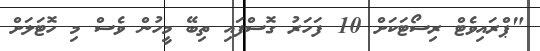
"ޕްރައިވެޓް ރިސޯޓަކަށް 10 ފަހަރު ގޮސްފައި ތިބޭ މީހުން ވެސް މި ހޮޓަލަށް